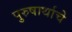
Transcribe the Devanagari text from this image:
पुरुषार्थाचे